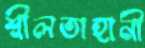
শ্লীলতাহানী